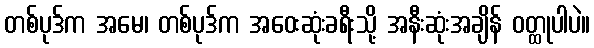
တစ်ပုဒ်က အမေ၊ တစ်ပုဒ်က အဝေးဆုံးခရီးသို့ အနီးဆုံးအချိန် ဝတ္ထုပါပဲ။